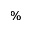
\%